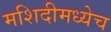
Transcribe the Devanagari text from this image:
मशिदीमध्येच